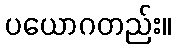
ပယောဂတည်း။